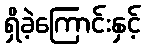
ရှိခဲ့ကြောင်းနှင့်